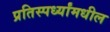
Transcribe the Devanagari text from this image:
प्रतिस्पर्ध्यांमधील